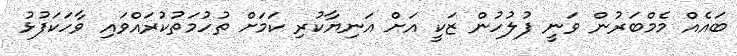
ބައެއް މެމްބަރުން ވަނީ ފުލުހުން ޒަކީ އަށް އަނިޔާކުރި ކަމަށް ތުހުމަތުކުރައްވައި ވާހަކަފުޅު